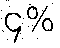
၄%